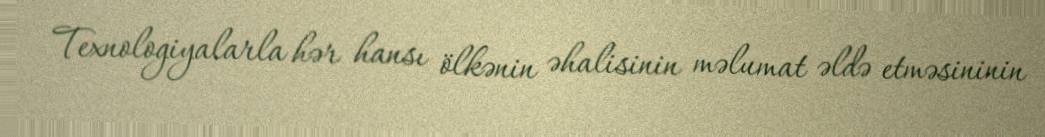
Texnologiyalarla hər hansı ölkənin əhalisinin məlumat əldə etməsininin